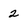
Character: 2